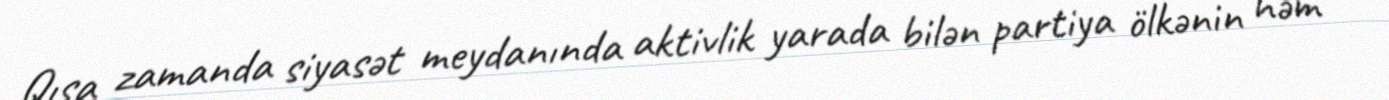
Qısa zamanda siyasət meydanında aktivlik yarada bilən partiya ölkənin həm